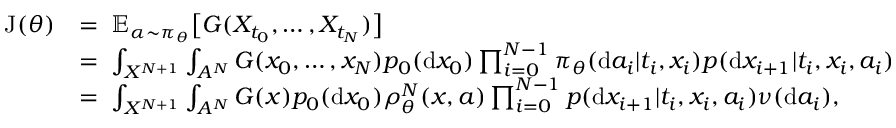
\begin{array} { r l } { \mathrm { J } ( \theta ) } & { = \; \mathbb { E } _ { \alpha \sim \pi _ { \theta } } \big [ G ( X _ { t _ { 0 } } , \ldots , X _ { t _ { N } } ) \big ] } \\ & { = \; \int _ { { \cal X } ^ { N + 1 } } \int _ { A ^ { N } } G ( x _ { 0 } , \ldots , x _ { N } ) p _ { 0 } ( \mathrm { d } x _ { 0 } ) \prod _ { i = 0 } ^ { N - 1 } \pi _ { \theta } ( \mathrm { d } a _ { i } | t _ { i } , x _ { i } ) p ( \mathrm { d } x _ { i + 1 } | t _ { i } , x _ { i } , a _ { i } ) } \\ & { = \; \int _ { { \cal X } ^ { N + 1 } } \int _ { A ^ { N } } G ( \boldsymbol { x } ) p _ { 0 } ( \mathrm { d } x _ { 0 } ) \boldsymbol { \rho } _ { \theta } ^ { N } ( \boldsymbol { x } , \boldsymbol { a } ) \prod _ { i = 0 } ^ { N - 1 } p ( \mathrm { d } x _ { i + 1 } | t _ { i } , x _ { i } , a _ { i } ) \nu ( \mathrm { d } a _ { i } ) , } \end{array}